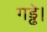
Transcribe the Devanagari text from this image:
गड्ढे।